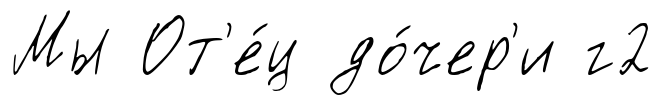
Мы От'е́ц до́чер'и г2